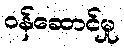
ဝန်ဆောင်မှု